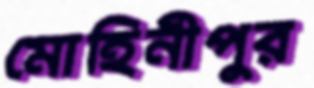
মোহিনীপুর